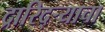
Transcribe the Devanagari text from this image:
द्रारिद्‌र्‍याचा